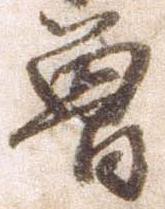
曽